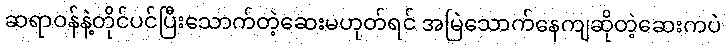
ဆရာဝန်နဲ့တိုင်ပင်ပြီးသောက်တဲ့ဆေးမဟုတ်ရင် အမြဲသောက်နေကျဆိုတဲ့ဆေးကပဲ